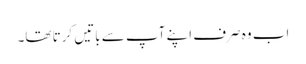
اب وہ صرف اپنے آپ سے باتیں کرتا تھا۔